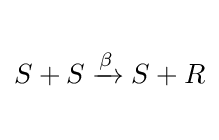
{\begin{matrix}{}\\S+S\xrightarrow {\beta } S+R\\{}\end{matrix}}